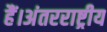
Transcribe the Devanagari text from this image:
हैं।अंतरराष्ट्रीय